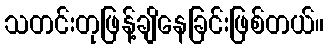
သတင်းတုဖြန့်ချိနေခြင်းဖြစ်တယ်။